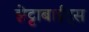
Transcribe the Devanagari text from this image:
झेट्टाबाईट्स